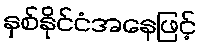
နှစ်နိုင်ငံအနေဖြင့်